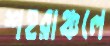
শহরাঞ্চলে